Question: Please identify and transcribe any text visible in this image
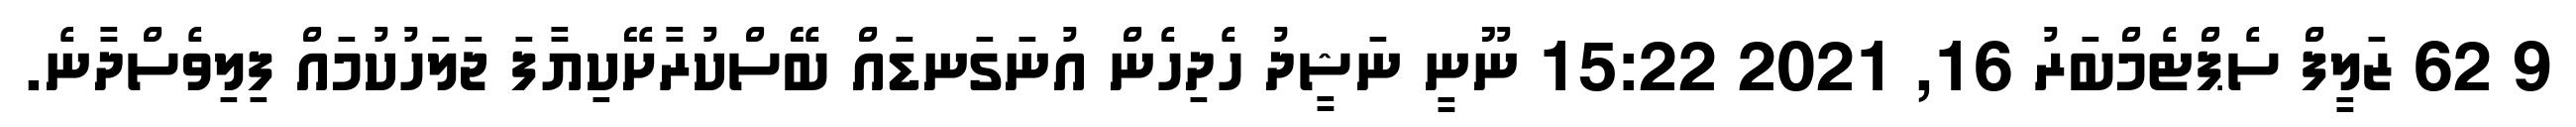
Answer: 9 62 ޒަލީފް ސެޕްޓެމްބަރު 16, 2021 15:22 ނޫނީ ނަޝީދު ހެދިހެން އުނަގަނޑައް ބޭސްކުރާށޭކިޔާފަ ޖަލަހުކުމައް ފިލިވެސްދާނެ.